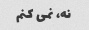
نه، نمی کنم